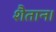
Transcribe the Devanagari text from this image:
शैतान।